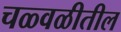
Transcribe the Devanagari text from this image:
चळ्वळीतील